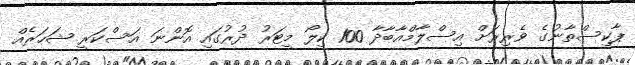
ޕާކިސްތާނުގެ ވެރިރަށް އިސްލާމްއާބާދާ 100 ކިލޯ މީޓަރު ދުރުގައި އޮންނަ އަސްކަރީ ޝަހަރެއް